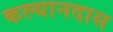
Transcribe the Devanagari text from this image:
कल्यानदास